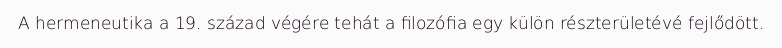
A hermeneutika a 19. század végére tehát a filozófia egy külön részterületévé fejlődött.